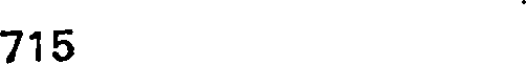
715